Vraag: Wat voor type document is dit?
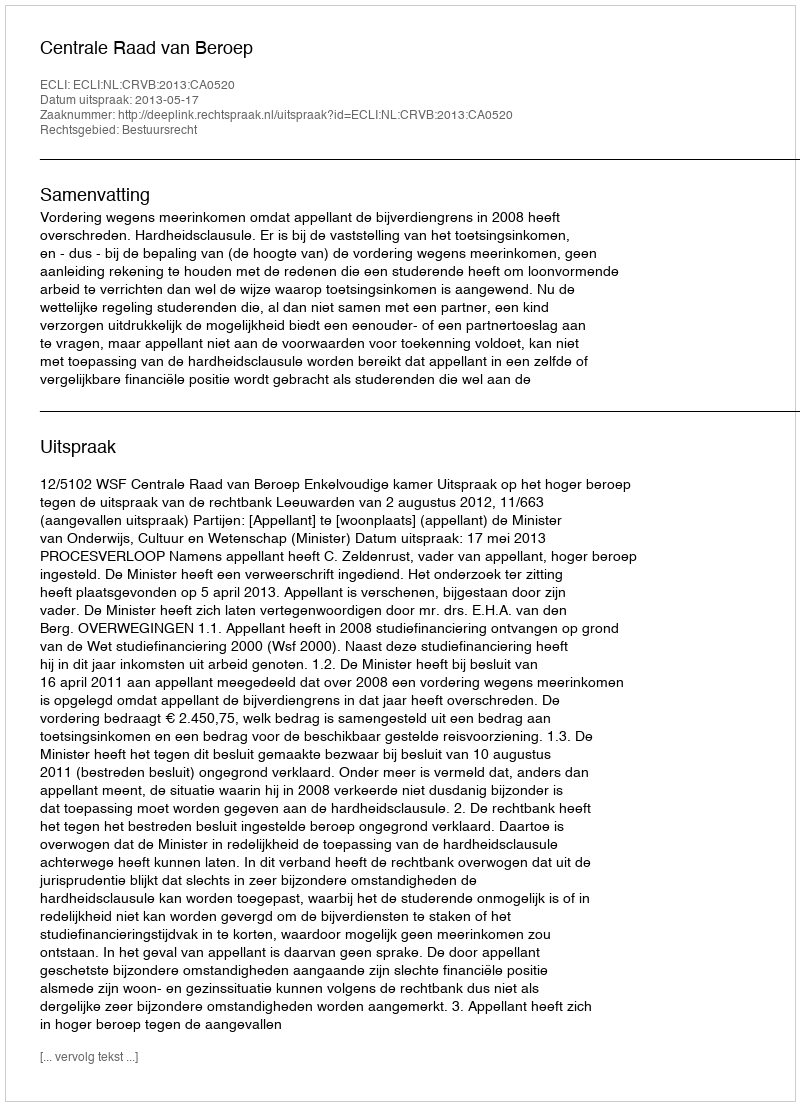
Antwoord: Uitspraak